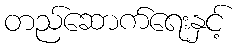
တည်ဆောက်ရေးနှင့်